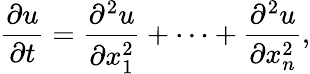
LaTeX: {\frac{\partial u}{\partial t}}={\frac{\partial^{2}u}{\partial x_{1}^{2}}}+\cdots+{\frac{\partial^{2}u}{\partial x_{n}^{2}}},